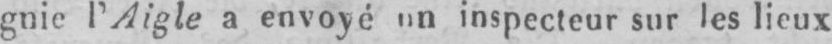
gnie l’Aigle a envoyé un inspecteur sur les lieux